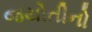
જયોતીનો